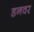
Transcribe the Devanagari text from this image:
डनवर